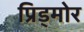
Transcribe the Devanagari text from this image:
प्रिड्मोर